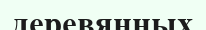
деревянных